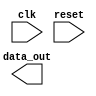
module ahb_bus_controller(
  // Input signals
  input wire clk,
  input wire reset,
  // Add other input signals as needed
  
  // Output signals
  output wire[31:0] data_out,
  // Add other output signals as needed
);

  // Define internal signals and modules for timing control and synchronization

  always @(posedge clk) begin
    if (reset) begin
      // Reset logic implementation
    end else begin
      // Add your timing and synchronization logic here
    end
  end

endmodule